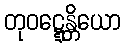
တုဝဋ္ဋေန္တိယော